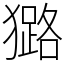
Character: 𤢊